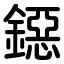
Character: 鐚